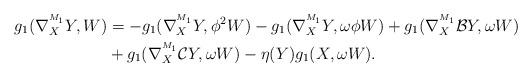
LaTeX: \begin{align*}g_{1}(\nabla^{^{M_1}}_{X}Y,W)&=-g_{1}(\nabla^{^{M_1}}_{X}Y,\phi ^{2}W)-g_{1}(\nabla^{^{M_1}}_{X}Y,\omega\phi W)+g_{1}(\nabla^{^{M_1}}_{X}\mathcal{B}Y,\omega W) \\&+g_{1}(\nabla^{^{M_1}}_{X}\mathcal{C}Y,\omega W)-\eta (Y)g_{1}(X,\omega W).\end{align*}